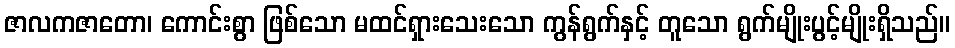
ဇာလကဇာတော၊ ကောင်းစွာ ဖြစ်သော မထင်ရှားသေးသော ကွန်ရွက်နှင့် တူသော ရွက်မျိုးပွင့်မျိုးရှိသည်။